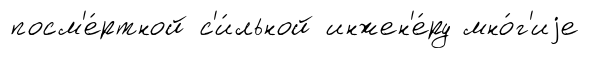
посм'е́ртной с'и́льной инжен'е́ру мно́г'иjе